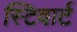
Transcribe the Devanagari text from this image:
स्टिवार्ट